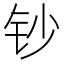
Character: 钞